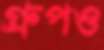
গ্রুপও